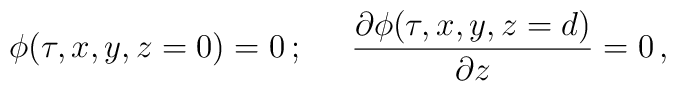
\phi(\tau, x,y,z=0)=0\,;\;\;\;\;\;{\partial\phi(\tau,x,y,z=d)\over\partial z}=0\,,